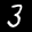
Label: 3